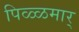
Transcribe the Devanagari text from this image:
पिळ्ळमार्